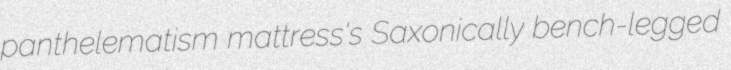
panthelematism mattress's Saxonically bench-legged